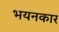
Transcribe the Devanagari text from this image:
भयनकार